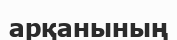
арқанының